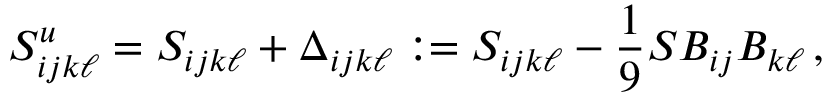
S _ { i j k \ell } ^ { u } = S _ { i j k \ell } + \Delta _ { i j k \ell } : = S _ { i j k \ell } - \frac { 1 } { 9 } S B _ { i j } B _ { k \ell } \, ,